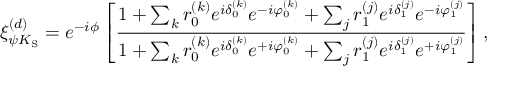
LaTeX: \xi _ { \psi K _ { \mathrm { S } } } ^ { ( d ) } = e ^ { - i \phi } \left[ \frac { 1 + \sum _ { k } r _ { 0 } ^ { ( k ) } e ^ { i \delta _ { 0 } ^ { ( k ) } } e ^ { - i \varphi _ { 0 } ^ { ( k ) } } + \sum _ { j } r _ { 1 } ^ { ( j ) } e ^ { i \delta _ { 1 } ^ { ( j ) } } e ^ { - i \varphi _ { 1 } ^ { ( j ) } } } { 1 + \sum _ { k } r _ { 0 } ^ { ( k ) } e ^ { i \delta _ { 0 } ^ { ( k ) } } e ^ { + i \varphi _ { 0 } ^ { ( k ) } } + \sum _ { j } r _ { 1 } ^ { ( j ) } e ^ { i \delta _ { 1 } ^ { ( j ) } } e ^ { + i \varphi _ { 1 } ^ { ( j ) } } } \right] ,